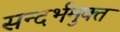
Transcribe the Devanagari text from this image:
सन्दर्भमुक्त